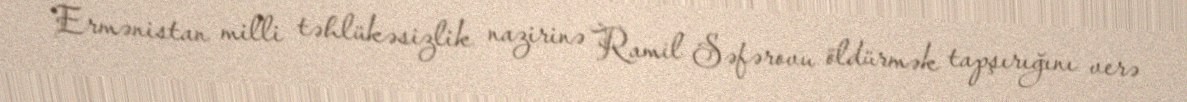
Ermənistan milli təhlükəsizlik nazirinə Ramil Səfərovu öldürmək tapşırığını verə